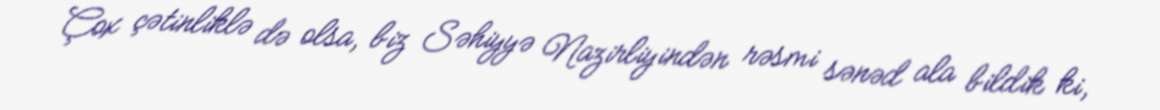
Çox çətinliklə də olsa, biz Səhiyyə Nazirliyindən rəsmi sənəd ala bildik ki,